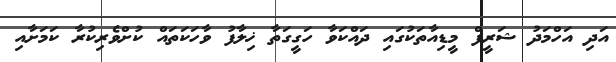
އަދި އަހްމަދު ޝަރީފް މީޑިއާތަކުގައި ދައްކަވާ ހަގީގަތާ ޚިލާފު ވާހަކަތައް ކުށްވެރިކުރާ ކަމަށާއި